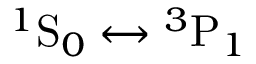
^ 1 \mathrm { S } _ { 0 } \leftrightarrow { ^ 3 } \mathrm { P } _ { 1 }